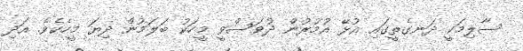
ސާލިމަކީ ދަނގެތީގައި އުޅޭ އުމުރުން ދުވަސްވީ މީހަކު ބަލަމުން ދިޔަ މީހެކެވެ. އަދި